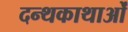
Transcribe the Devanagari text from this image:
दन्थकाथाओं